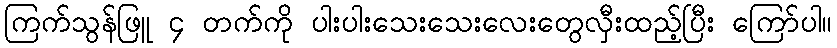
ကြက်သွန်ဖြူ ၄ တက်ကို ပါးပါးသေးသေးလေးတွေလှီးထည့်ပြီး ကြော်ပါ။